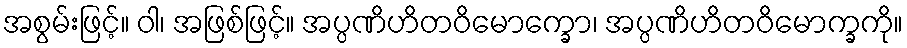
အစွမ်းဖြင့်။ ဝါ၊ အဖြစ်ဖြင့်။ အပ္ပဏိဟိတဝိမောက္ခော၊ အပ္ပဏိဟိတဝိမောက္ခကို။